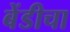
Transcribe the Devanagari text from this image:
बेंडीचा